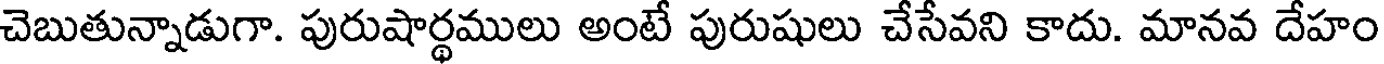
చెబుతున్నాడుగా. పురుషార్థములు అంటే పురుషులు చేసేవని కాదు. మానవ దేహం